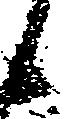
候